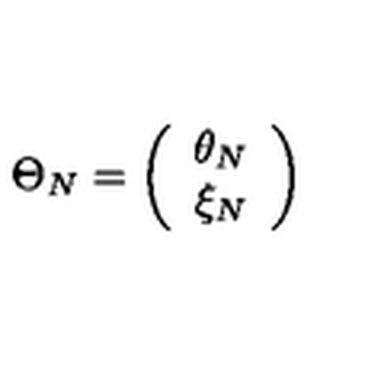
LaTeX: \Theta _ { N } = \left( \begin{array} { c } { \theta _ { N } } \\ { \xi _ { N } } \\ \end{array} \right)